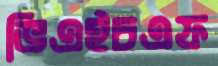
ভিএইচএফ